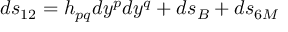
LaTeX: d s _ { 1 2 } = h _ { p q } d y ^ { p } d y ^ { q } + d s _ { B } + d s _ { 6 { \cal M } }